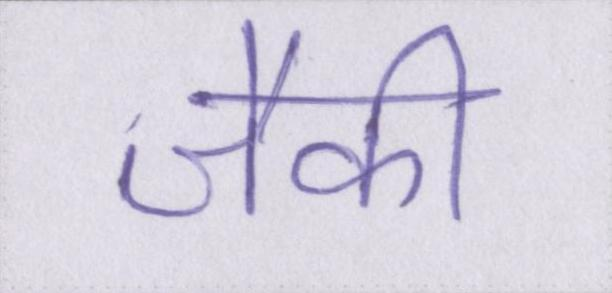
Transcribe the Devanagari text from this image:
जैकी